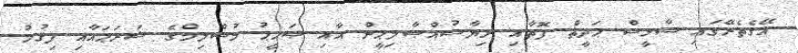
އޭގެތެރޭގައި ސާޅީސް ޙަދީޘް ފޮތާއި ރިޔާޟުއްޞާލިޙީން އާއި ޞަޙީޙު މުސްލިމްގެ ޝަރަޙައާއި ފިޤުހު